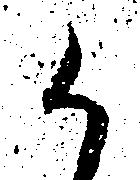
か